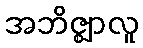
အဘိဇ္ဈာလူ